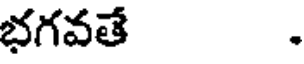
భగవతే .